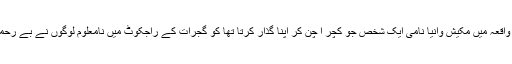
دل کو دہلا دینے والے ایک واقعہ میں مکیش وانیا نامی ایک شخص جو کچر ا چن کر اپنا گذار کرتا تھا کو گجرات کے راجکوٹ میں نامعلوم لوگوں نے بے رحمی کے ساتھ پیٹ کر ماردیا۔